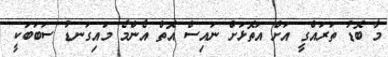
މާ ބޮޑު ތަރައްގީ އަށް އަތޮޅަށް ނައިސް އޮތް އެންމެ މައިގަނޑު ސަބަބަކީ